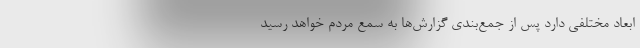
ابعاد مختلفی دارد پس از جمع‌بندی گزارش‌ها به سمع مردم خواهد رسید